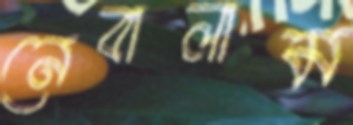
নেবালাম